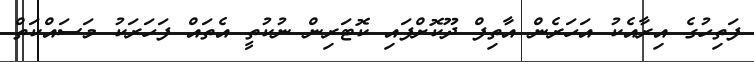
ފަތިހުގެ އިރާއެކު އަހަރެން އާތިފް ދޫކޮށްފައި ކޮޓަރިން ނުކުތީ އެތައް ފަހަރަކު މަސައްކަތް